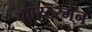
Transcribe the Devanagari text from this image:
कास्टरमैन